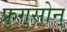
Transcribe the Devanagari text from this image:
फ्रुगुसोन्